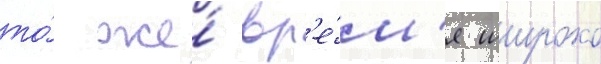
то́ же́ вр'е́м'я широко